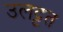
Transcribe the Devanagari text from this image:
उलट्टत